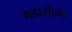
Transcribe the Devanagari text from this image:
गडारोहण